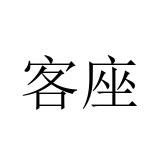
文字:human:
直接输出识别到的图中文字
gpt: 客座